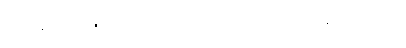
ခုံတန်းလျားပေါ်တွင် အရုပ်ကြိုးပြတ် ထိုင်ချလိုက်၏။